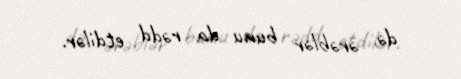
də, ərəblər bunu da rədd etdilər.